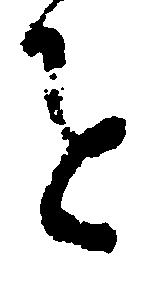
を